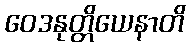
ဝေဒနုတ္တိယေနာတိ